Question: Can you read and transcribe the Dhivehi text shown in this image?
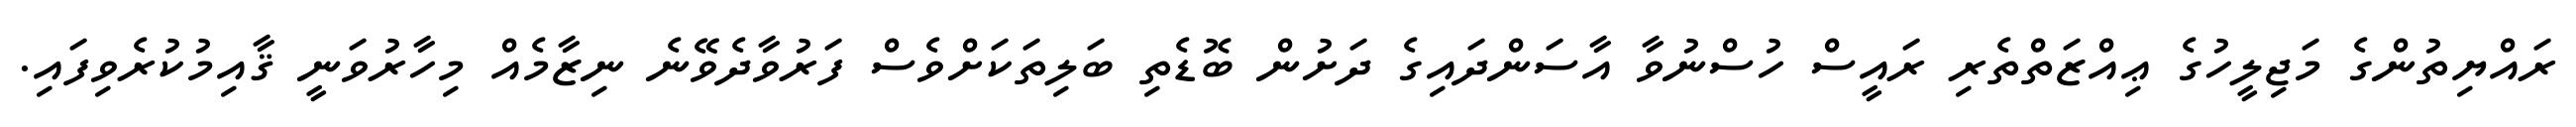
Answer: ރައްޔިތުންގެ މަޖިލީހުގެ ޢިއްޒަތްތެރި ރައީސް ހުސްނުވާ އާސަންދައިގެ ދަށުން ބޮޑެތި ބަލިތަކަށްވެސް ފަރުވާދެވޭނެ ނިޒާމެއް މިހާރުވަނީ ޤާއިމުކުރެވިފައި.